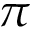
\pi